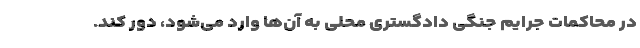
در محاکمات جرایم جنگی دادگستری محلی به آن‌ها وارد می‌شود، دور کند.